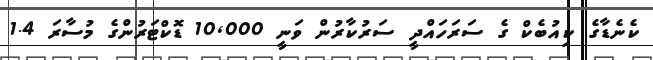
ކެނެޑާގެ ކިއުބެކް ގެ ސަރަހައްދީ ސަރުކާރުން ވަނީ 10